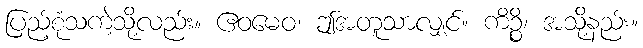
ပြည့်စုံသကဲ့သို့လည်း။ ဧဝမေဝ၊ ဤအတူသာလျှင်။ ကိဉ္စိ၊ အသို့နည်း။